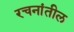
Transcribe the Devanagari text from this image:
रचनांतील